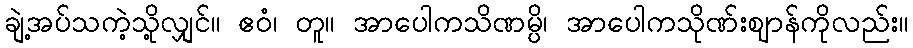
ချဲ့အပ်သကဲ့သို့လျှင်။ ဧဝံ၊ တူ။ အာပေါကသိဏမ္ပိ၊ အာပေါကသိုဏ်းဈာန်ကိုလည်း။